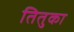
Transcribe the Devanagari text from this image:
तितुका